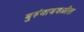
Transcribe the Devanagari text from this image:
बुरुंजाजवळील